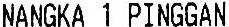
NANGKA 1 PINGGAN